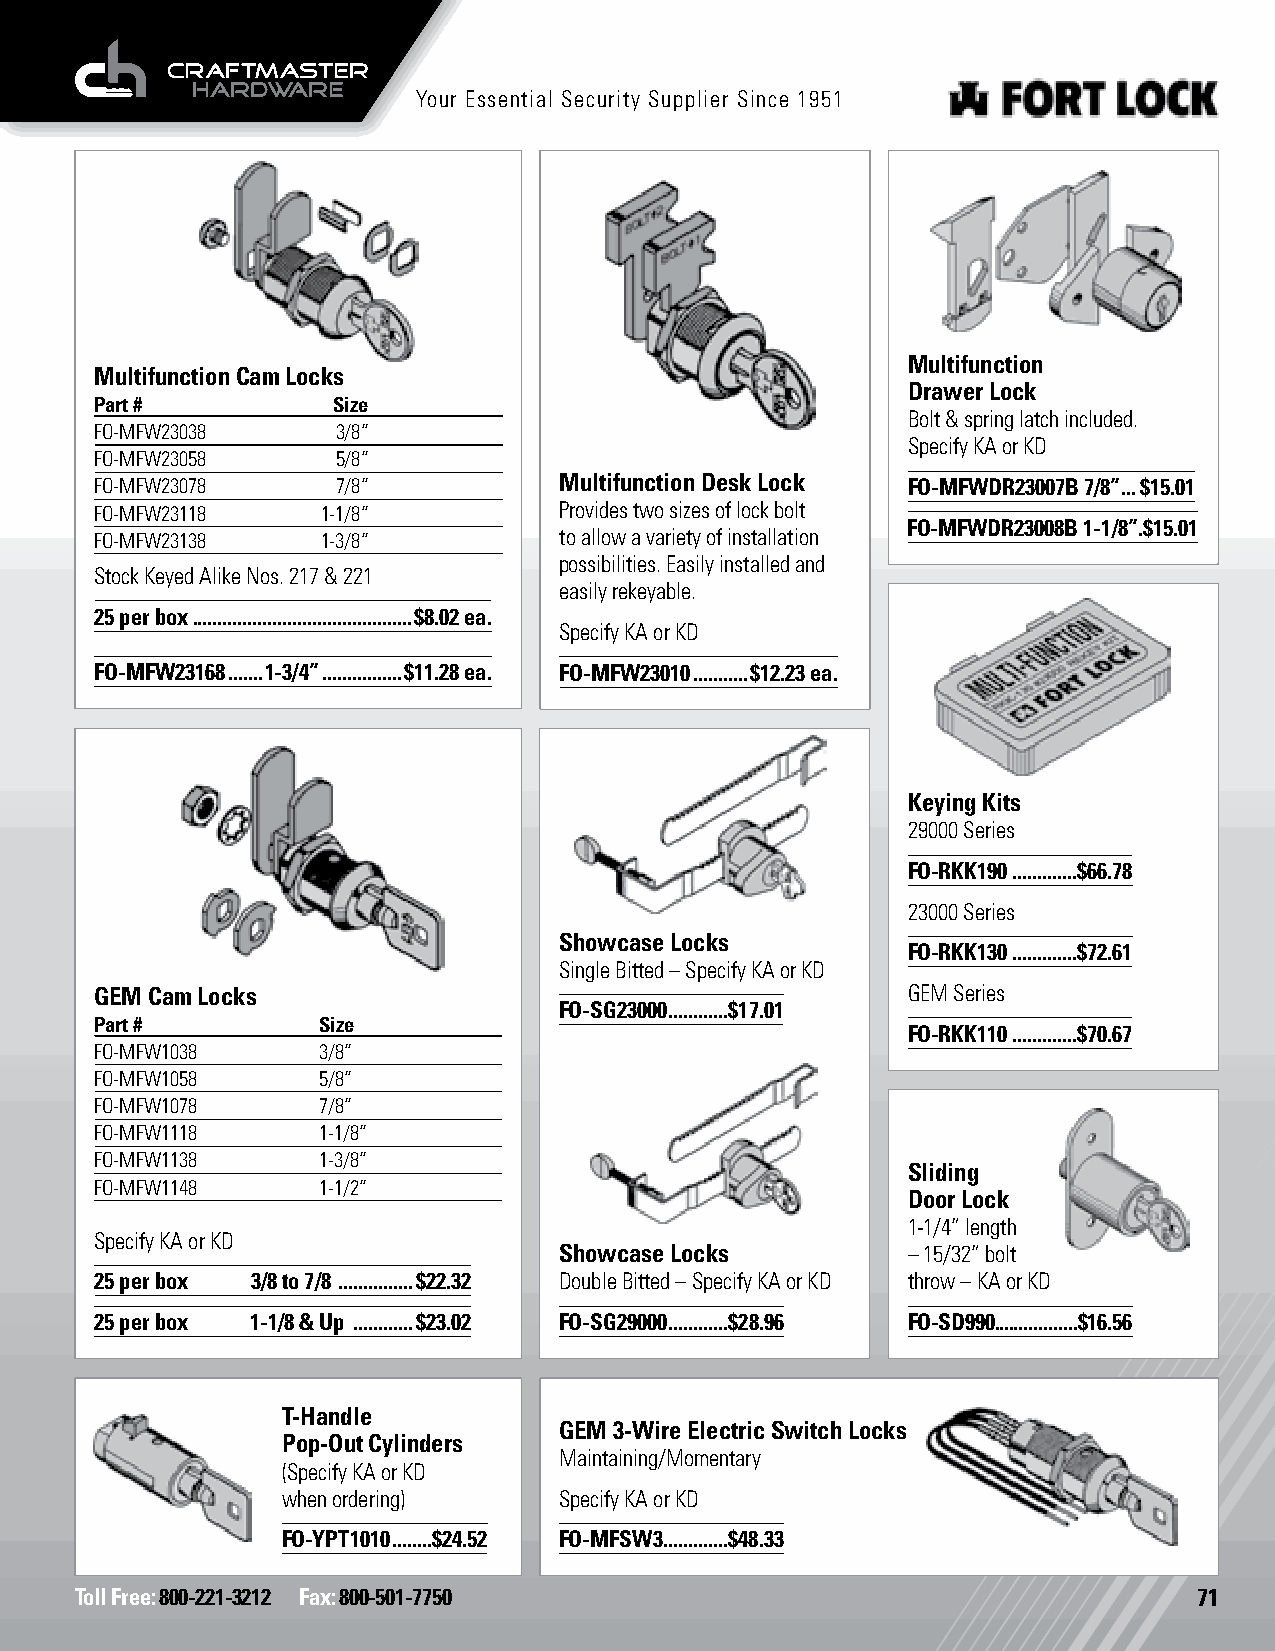
Push Locks
 Your Essential Security Supplier Since 1951
 Multifunction
 Multifunction Cam Locks
 Drawer Lock
 Part #          Size
 Bolt & spring latch included.
 FO-MFW23038     3/8”
 Specify KA or KD
 FO-MFW23058     5/8”
 FO-MFW23078     7/8”           Multifunction Desk Lock FO-MFWDR23007B 7/8” ...$15.01
 FO-MFW23118    1-1/8”          Provides two sizes of lock bolt
 FO-MFWDR23008B 1-1/8”.$15.01
 FO-MFW23138    1-3/8”          to allow a variety of installation
 possibilities. Easily installed and
 Stock Keyed Alike Nos. 217 & 221
 easily rekeyable.
 25 per box ............................................$8.02 ea.
 Specify KA or KD
 FO-MFW23168 .......1-3/4” ................$11.28 ea. FO-MFW23010 ...........$12.23 ea.
 Keying Kits Wafer Kits
 29000 Series
 FO-RKK190 .............$66.78
 23000 Series
 Showcase Locks
 FO-RKK130 .............$72.61
 Single Bitted – Specify KA or KD
 GEM Cam Locks                                         GEM Series
 FO-SG23000 ............$17.01
 Part #         Size
 FO-RKK110 .............$70.67
 FO-MFW1038     3/8”
 FO-MFW1058     5/8”
 FO-MFW1078     7/8”
 FO-MFW1118     1-1/8”
 FO-MFW1138     1-3/8”
 Sliding
 FO-MFW1148     1-1/2”
 Door Lock
 1-1/4” length
 Specify KA or KD
 Showcase Locks         – 15/32” bolt
 25 per box 3/8 to 7/8 ...............$22.32 Double Bitted – Specify KA or KD throw – KA or KD
 25 per box 1-1/8 & Up ............$23.02 FO-SG29000 ............$28.96 FO-SD990. ................$16.56
 T-Handles
 GEM 3-Wire Electric Switch Locks
 Pop-Out Cylinders
 Maintaining/Momentary
 (Specify KA or KD
 when ordering)    Specify KA or KD
 FO-YPT1010 ........$24.52 FO-MFSW3 .............$48.33
 Toll Free: 800-221-3212 Fax: 800-501-7750                                 71